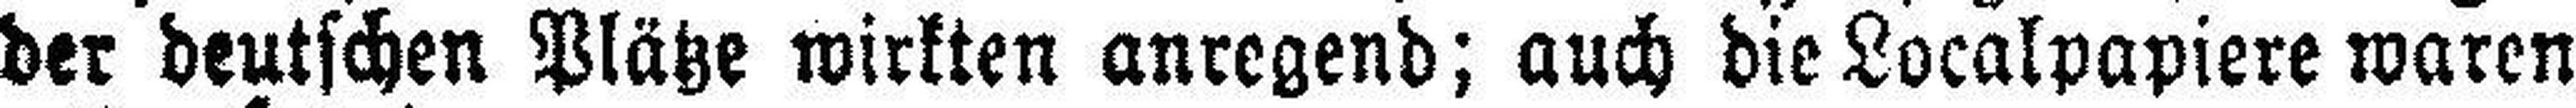
der deutschen Plätze wirkten anregend; auch die Localpapiere waren